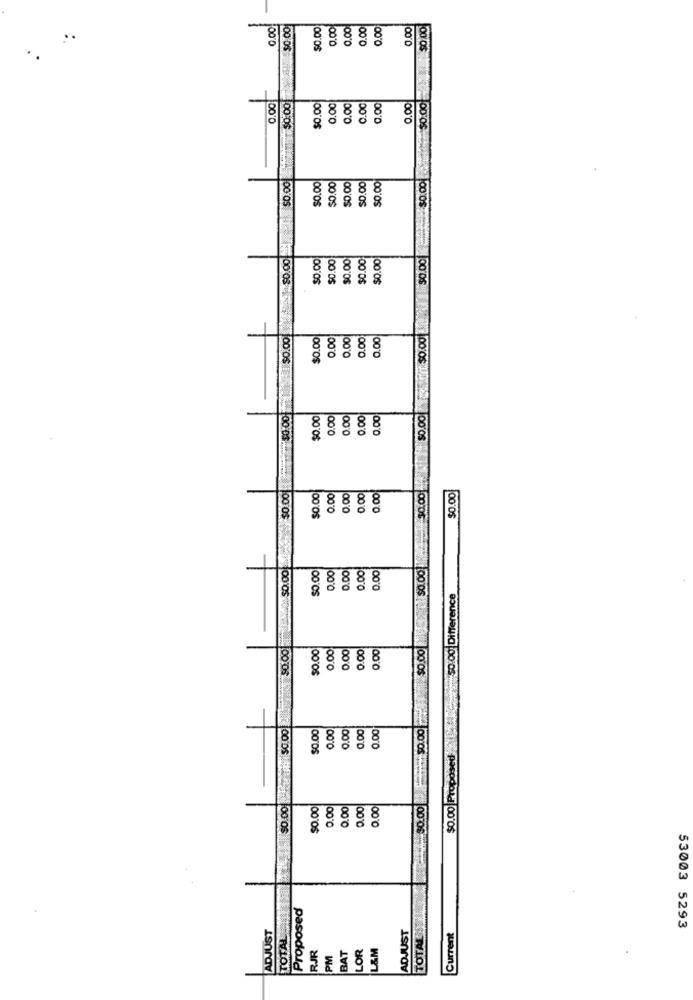
0.00
$0.00
$0.00
0.00
0.00
0.00
0.00
0.00
$0.00
0.00
$0.00
0.00
2.00
2.00
0.00
0.00
$0.00
$0.00
$0.00
$0.00
$0.00
$0.00
$0.00
$0.00
$0.00
$0.00
$0.00
$0.00
$0.00
$0.00
$0.00
$0.00
$0.00
0.00
2.00
0.00
0.00
$0.00 5 $0.00
$0.00
0.00
0.00
0.00
0.00
0.00
$0.00
0.00
0.00
0.00
30.00
$0.00
$0.00
0.00
0.00
$0.00
0.00
2.00
50:00 Difference
$0.001
$0.00
0.00
0.00
2.00
0.00
$0.00
$0.00
9.00
2.00
0.00
0.00
$0.00
$0.00
0.00
0.00
0.00
0.00
$0.00
Proposed
TOTAL
ADJUST
TOTAL
ADJUST
Current
53003 5293
L&M
JR
PM
BAT
LOR